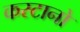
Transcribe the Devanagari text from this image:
कस्टानो